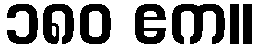
၁၈၀ ဧက။